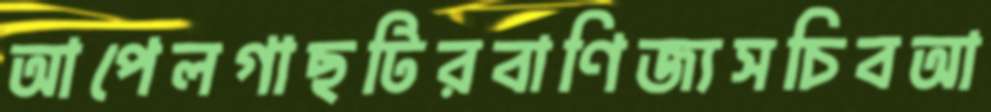
আপেলগাছটিরবাণিজ্যসচিবআ